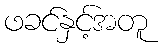
ဖခင်နှင့်အတူ